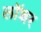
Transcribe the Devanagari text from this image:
लॉञ्चर